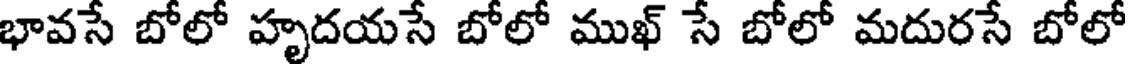
భావసే బోలో హృదయసే బోలో ముఖ్ సే బోలో మదురసే బోలో